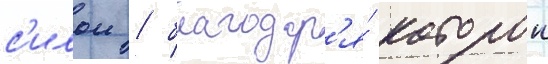
с'илои / благодар'я́ которои